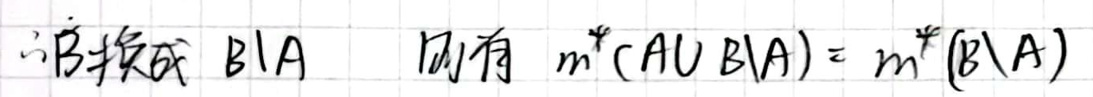
$\therefore B$换成 $B\setminus A$ 则有$\ m^{*}(A\cup B\setminus A)=m^{*}(B\setminus A)$